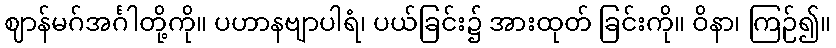
ဈာန်မဂ်အင်္ဂါတို့ကို။ ပဟာနဗျာပါရံ၊ ပယ်ခြင်း၌ အားထုတ် ခြင်းကို။ ဝိနာ၊ ကြဉ်၍။